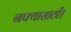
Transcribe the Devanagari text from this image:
नफ्यासाठी।